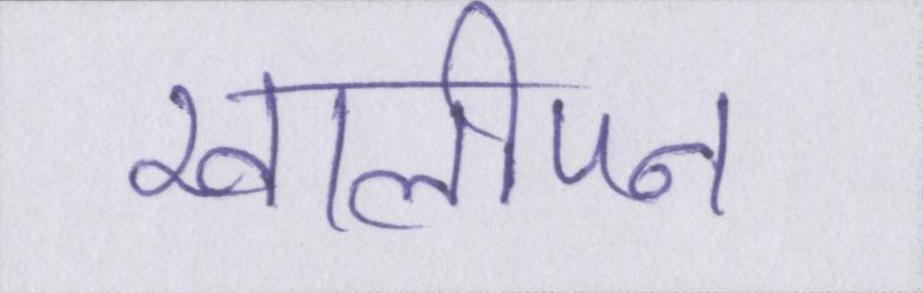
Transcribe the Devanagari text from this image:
खालीपन